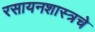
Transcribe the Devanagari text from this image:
रसायनशास्त्रचे